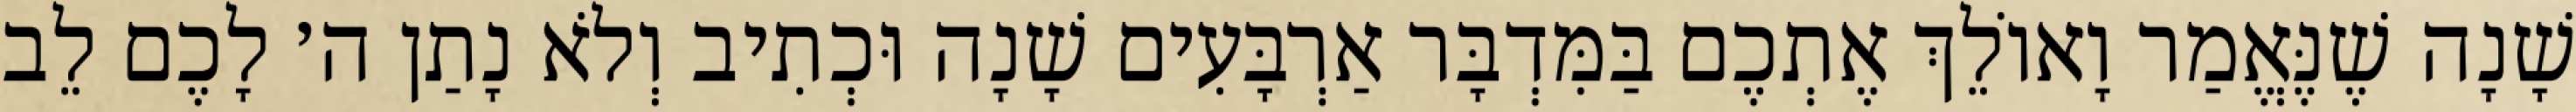
שָׁנָה שֶׁנֶּאֱמַר וָאוֹלֵךְ אֶתְכֶם בַּמִּדְבָּר אַרְבָּעִים שָׁנָה וּכְתִיב וְלֹא נָתַן ה׳ לָכֶם לֵב